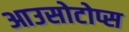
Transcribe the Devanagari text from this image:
आउसोटोप्स